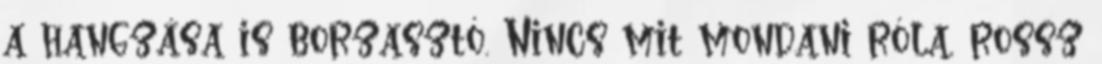
a hangzása is borzasztó. Nincs mit mondani róla, rossz